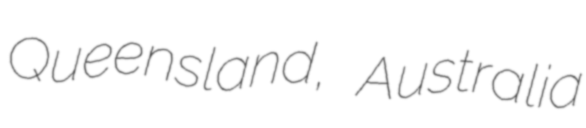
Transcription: Queensland, Australia